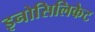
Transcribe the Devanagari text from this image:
इनोसिलिकेट